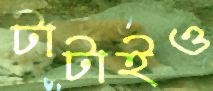
টাটাইও